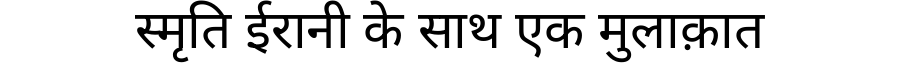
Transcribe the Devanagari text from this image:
स्मृति ईरानी के साथ एक मुलाक़ात